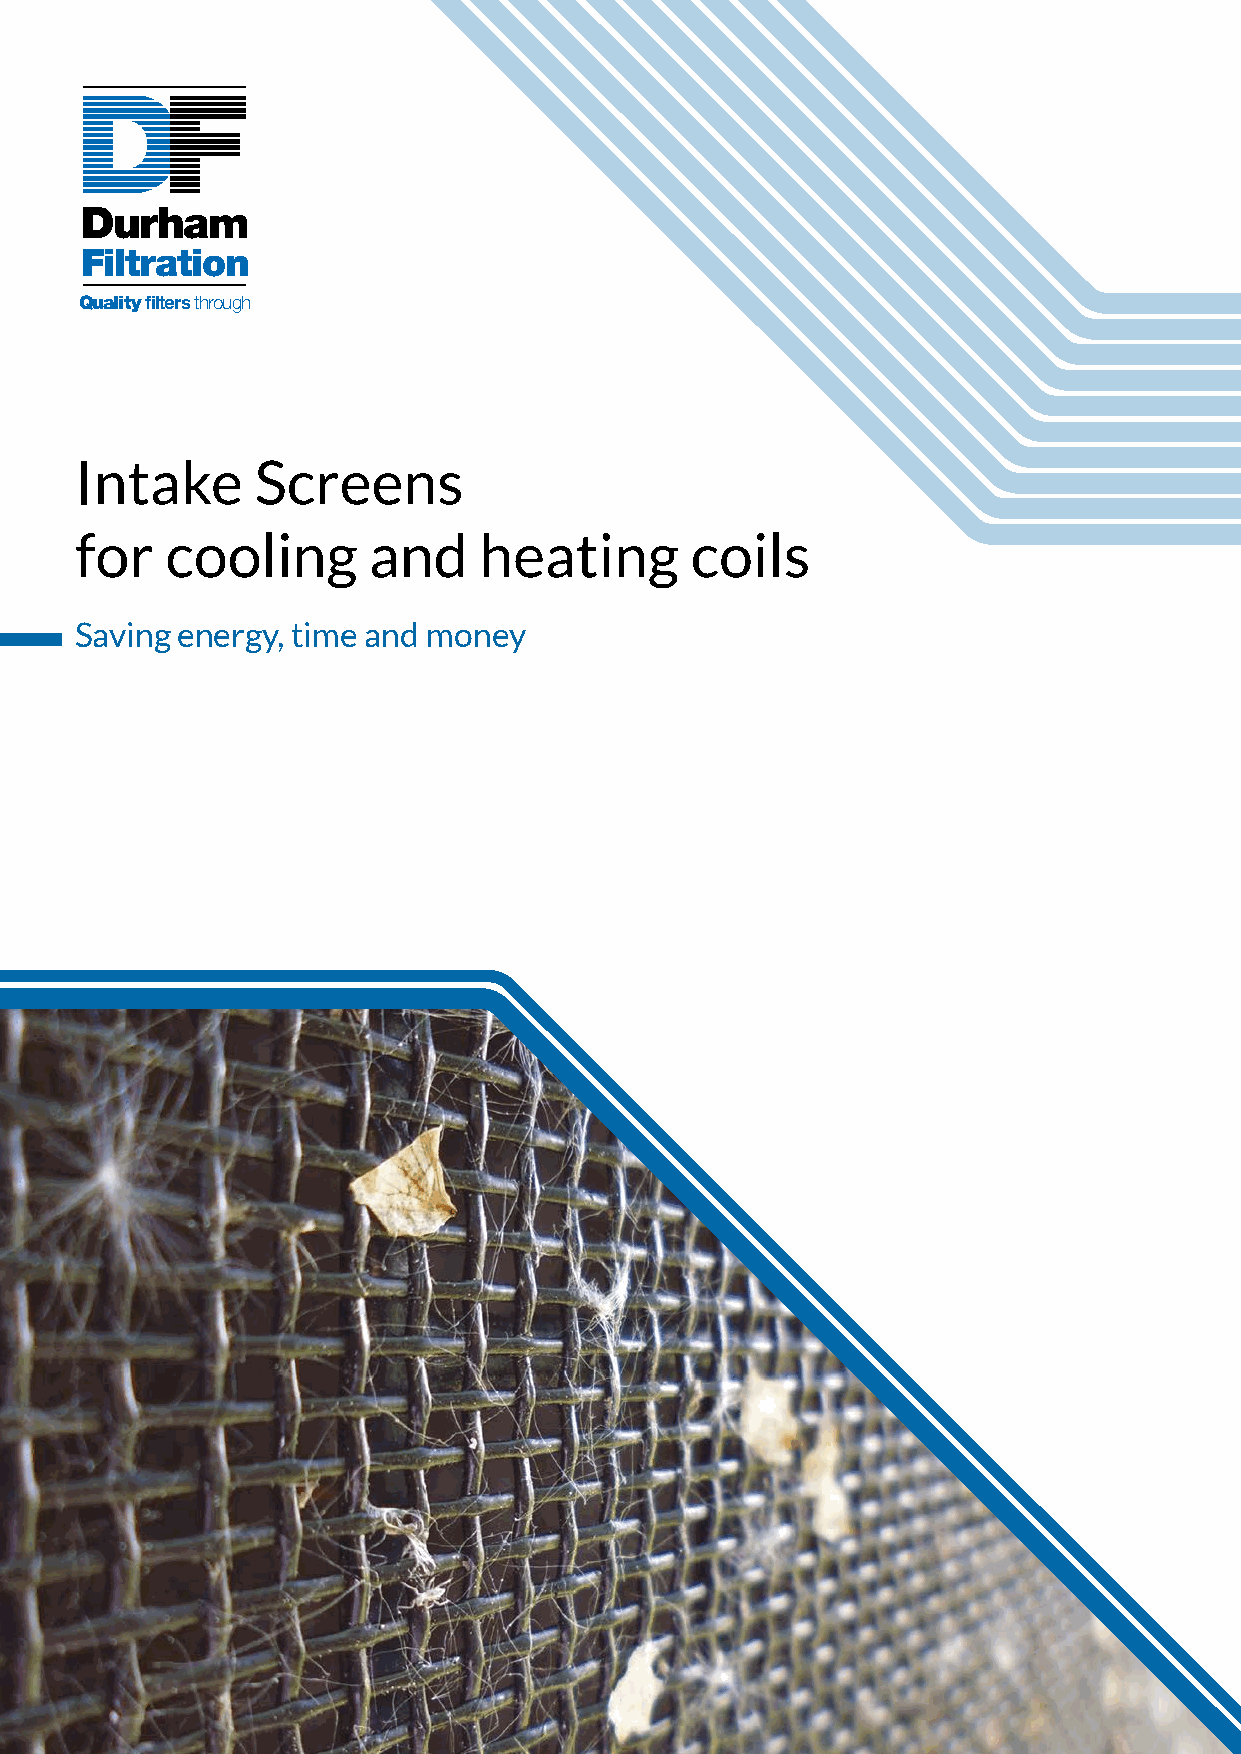
Durham
 Filtration
 Qualityfiltersthrough
 Intake      Screens
 for   cooling      and     heating       coils
 Saving energy, time and money